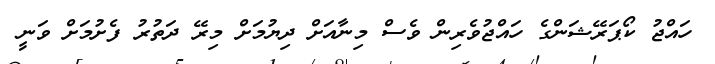
ހައްޖު ކޯޕަރޭޝަންގެ ހައްޖުވެރިން ވެސް މިނާއަށް ދިޔުމަށް މިރޭ ދަތުރު ފެށުމަށް ވަނީ